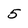
Character: 5